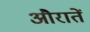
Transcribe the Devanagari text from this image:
औरातें